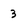
Character: 3